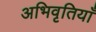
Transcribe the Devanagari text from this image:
अभिवृतियाँ